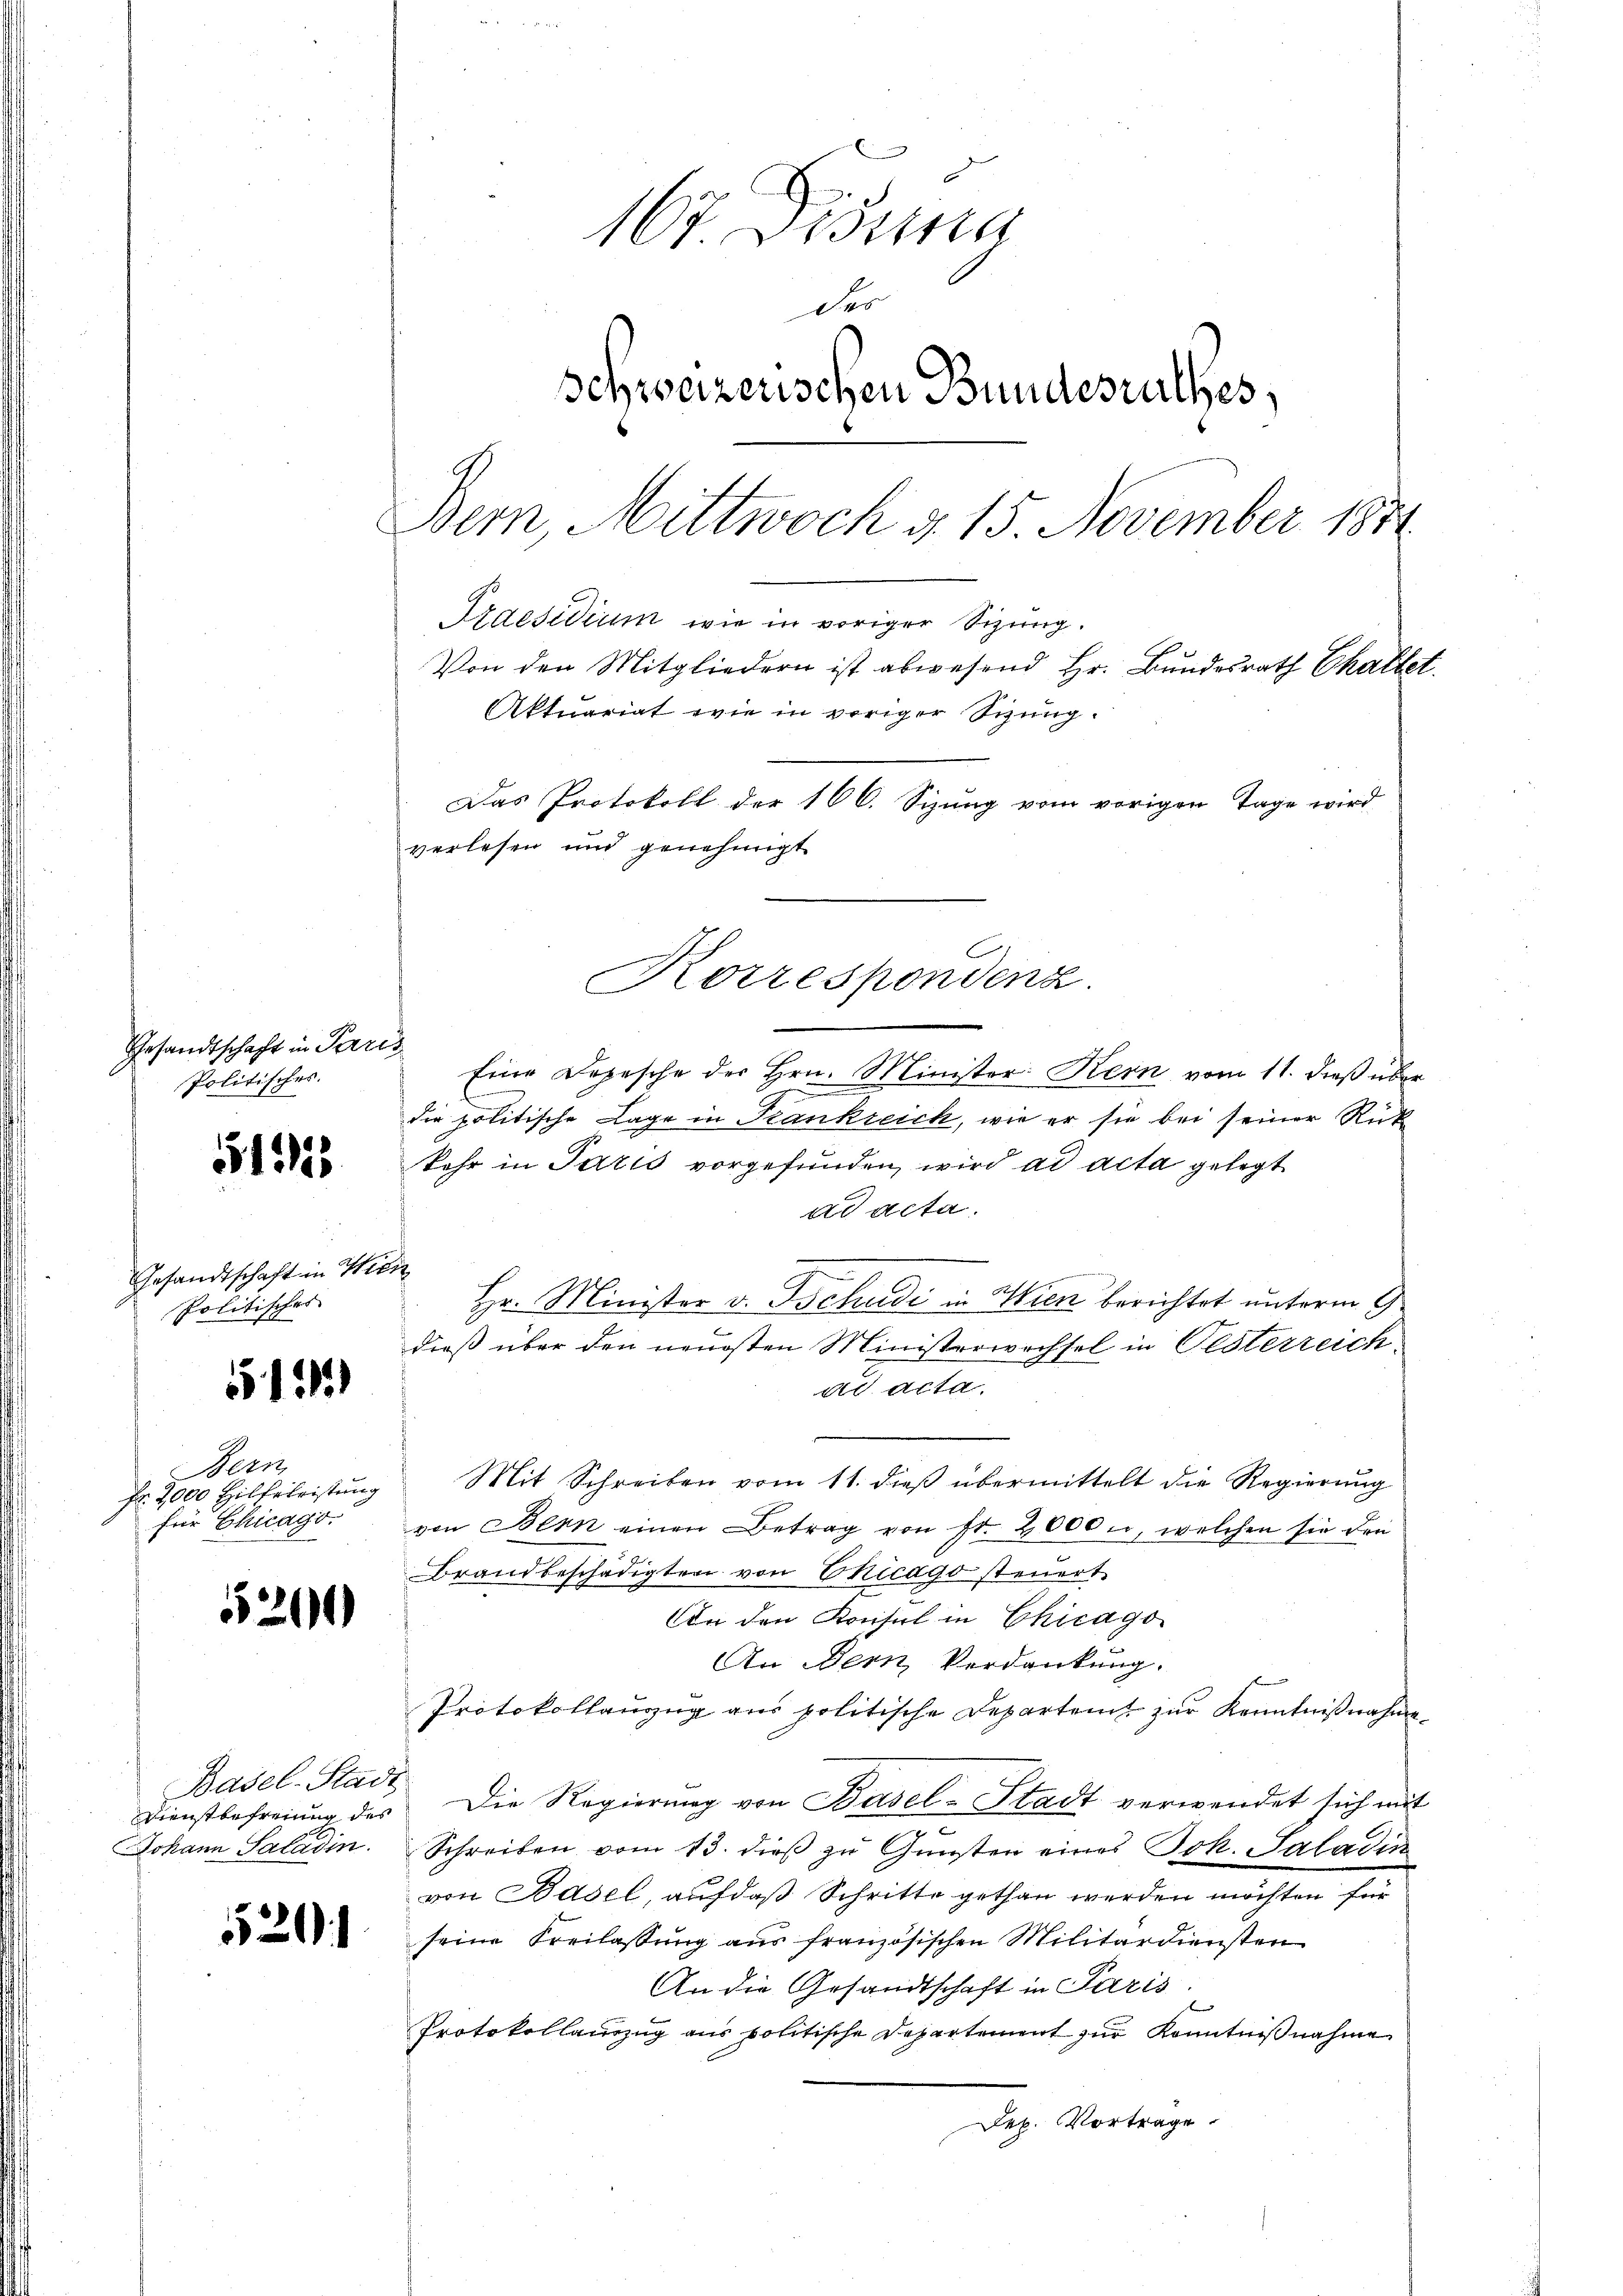
Gesandtschaft in Pari
Politisches.

51325

Gesandtschaft in Mili
Politisches

612)

Bern
Fr. 2000 Hilfeleistung
für Chicago

5201

Basel-Stadt
Johann Saladin.

520

167. Dissa
der
Schweizerischen Bundesrathes,
Bern, Mittwoch d. 15. November 1891
Praesidium wie in voriger Sizung.
Von den Mitgliedern ist abwesend Hr. Bundesrath Chaltet.
Aktuariat wie in voriger Sitzung.
Das Protokoll der 166. Sizung vom vorigen Tage wird
verlesen und genehmigt

s
Eine Depesche der Hrn. Minister Kern vom 11. dieß über
g
die politische Lage in Hankreich, wie er sie bei seiner Rük
kehr in Paris vorgefunden, wird ad acta gelegt
ad acta.
Hr. Minister v. Tschudi in Wien berichtet unterm 9
dieß über den neuesten Ministerwechsel in Pesterreich.
ad acta.
Mit Schreiben vom 11. dieβ übermittelt die Regierung
von Bern einen Betrag von Fr. 2000., welchen sie den
Brandbeschädigten von Chicago steuert,
An den Konsul in Chicago
An Dein Verdankung.
Protokollauzug aus politische Departeit zur Kenntnißnahme
Dienstbefreiung des Die Regierung von Basel-Stadt verwendet sich mit
3
Schreiben vom 13. dieß zu Gunsten eines Joh. Saladin
von Basel, auf das Schritte gethan werden möchten für
seine Freilassung aus französischen Militärdiensten
An die Gesandtschaft in Paris.
Protokollauszug aus politische Departement zŭr Kenntniβnahme
Dex. Vortrage.

Korrespondenz